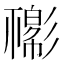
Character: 𢒴